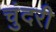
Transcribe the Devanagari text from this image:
चुंदरी